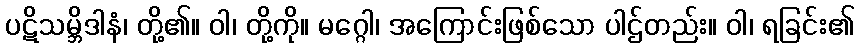
ပဋိသမ္ဘိဒါနံ၊ တို့၏။ ဝါ၊ တို့ကို။ မဂ္ဂေါ၊ အကြောင်းဖြစ်သော ပါဌ်တည်း။ ဝါ၊ ရခြင်း၏